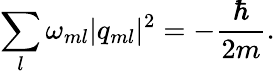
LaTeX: \sum_{l}\omega_{ml}|q_{ml}|^{2}=-\frac{\hbar}{2m}.